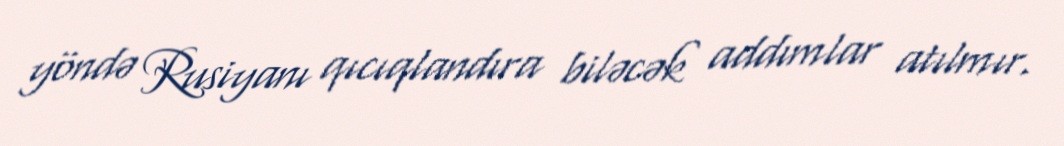
yöndə Rusiyanı qıcıqlandıra biləcək addımlar atılmır.